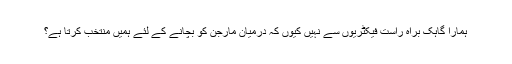
ہمارا گاہک براہ راست فیکٹریوں سے نہیں کیوں کہ درمیان مارجن کو بچانے کے لئے ہمیں منتخب کرتا ہے؟